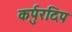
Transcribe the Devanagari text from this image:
कर्पुरदिप